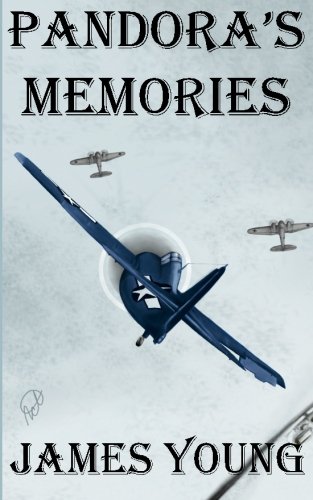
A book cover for Pandora's Memories (Usurper's War) (Volume 1); James Young; Science Fiction & Fantasy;